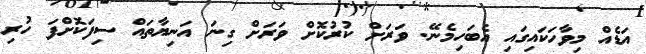
އަޑެއް މިވާހަކައިގައި އެބަހިމެނޭ. ވަރަށް ކުރުކޮށް ވަރަށް ގިނަ އަނިޔާތައް ސިފަކޮށްފަ ހުރި